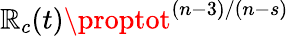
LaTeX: \mathbb{R}_{c}(t)\proptot^{(n-3)/(n-s)}